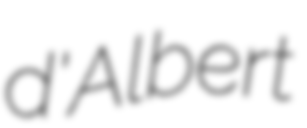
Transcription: d'Albert